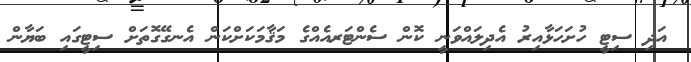
އަދި ސިޓީ ހުށަހަޅާއިރު އެދިލައްވަނީ ކޮން ސެންޓަރއެއްގެ މަޤާމަކަށްކަން އެނގޭގޮތަށް ސިޓީގައި ބަޔާން